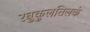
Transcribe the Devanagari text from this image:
रघुकुलतिलकं